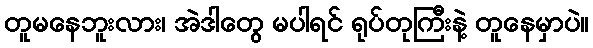
တူမနေဘူးလား၊ အဲဒါတွေ မပါရင် ရုပ်တုကြီးနဲ့ တူနေမှာပဲ။